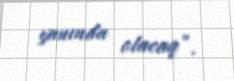
yanında olacaq”.